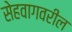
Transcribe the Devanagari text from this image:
सेहवागवरील